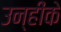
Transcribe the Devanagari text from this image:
उन्हींके